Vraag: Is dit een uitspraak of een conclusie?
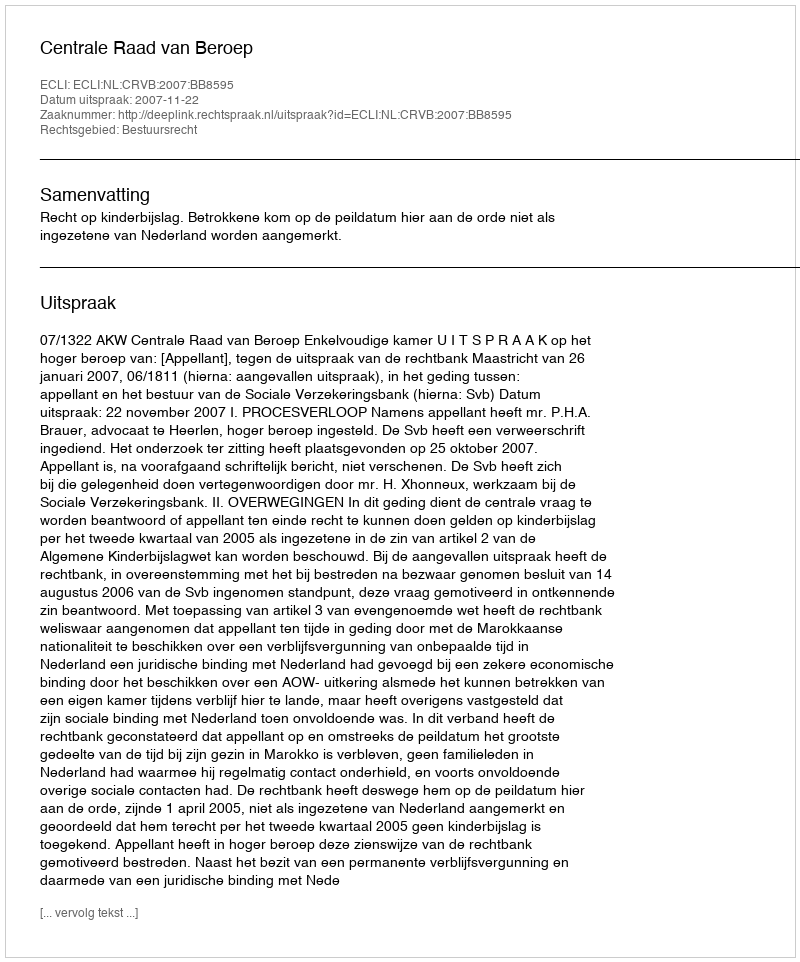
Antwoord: Uitspraak